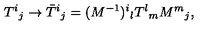
T ^ { i } { } _ { j } \rightarrow \bar { T } ^ { i } { } _ { j } = ( M ^ { - 1 } ) ^ { i } { } _ { l } T ^ { l } { } _ { m } M ^ { m } { } _ { j } ,